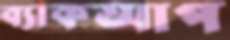
ব্যাকআপ